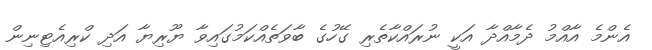
އެންމެ އާއްމު ދެމާއްދާ އަކީ ނުރައްކާތެރި ގޭހުގެ ބާވަތެއްކަމުގައިވާ ޔޫރިޔާ އަދި ކްރިއެޓިނިން